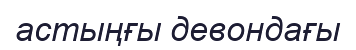
астыңғы девондағы